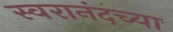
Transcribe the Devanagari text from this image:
स्वरानंदच्या